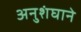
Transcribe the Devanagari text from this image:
अनुशंघाने